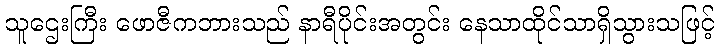
သူဌေးကြီး ဖောဇီကဘားသည် နာရီပိုင်းအတွင်း နေသာထိုင်သာရှိသွားသဖြင့်